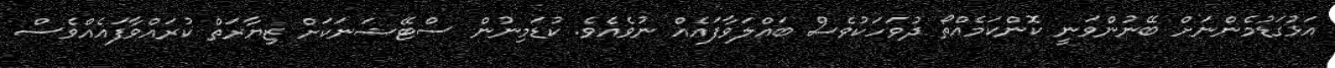
އަޅުގަޑުމެންނަށް ބޭނުންވަނީ ކޮންކަމެއްތޯ ދުވަހަކުވެސް ބައްލަވާފައެއް ނުވެއެވެ. ކުޑަމިނުން ސްޓޭޝަނަކަށް ޒިޔާރަތް ކުރައްވާފައެެއްވެސް